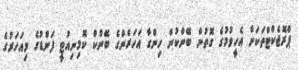
ޕްރޮޖެކްޓްތަކަށް އެހީވުމުގެ ގޮތުން ބޭންކުން ހިންގާ އަހަރެންގެ ބޭންކް ކޮމިނިއުޓީ ފަންޑުގެ މިއަހަރުގެ